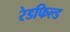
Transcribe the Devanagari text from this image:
रेडफिल्ड